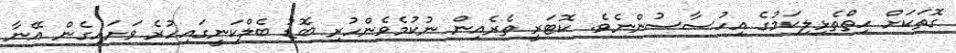
ގޮތަކަށް ހިތްތެޅިލިކަމުގެ އިހުސާސުންނެވެ. ކޮޓަރީ ތެރެއިން ނުކުމެވެންހުރި ބޮޑު ބެލްކަނީގައިހުރެ ވަށައިގެން އޭނާ